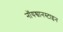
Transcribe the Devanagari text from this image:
नॉयश्वानस्टाइन